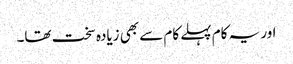
اور یہ کام پہلے کام سے بھی زیادہ سخت تھا۔